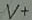
Text: V+